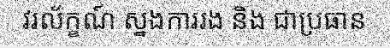
វរល័ក្ខណ៍ ស្នងការរង និង ជាប្រធាន